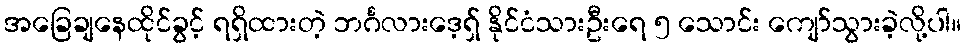
အခြေချနေထိုင်ခွင့် ရရှိထားတဲ့ ဘင်္ဂလားဒေ့ရှ် နိုင်ငံသားဦးရေ ၅ သောင်း ကျော်သွားခဲ့လို့ပါ။